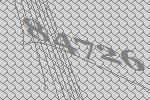
84726